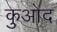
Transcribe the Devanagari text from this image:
कुओद